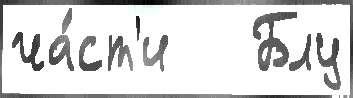
ча́ст'и   Блу